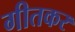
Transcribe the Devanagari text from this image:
गीतकर